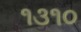
૧૩૧૦